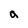
Character: a